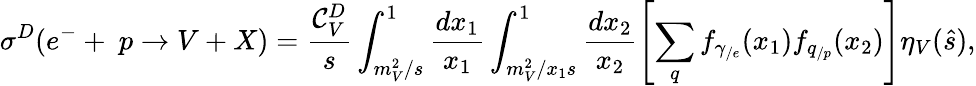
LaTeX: \sigma^{D}(e^{-}+~p\rightarrow V+X)=\frac{{\cal C}_{V}^{D}}{s}\int_{m_{V}^{2}/s}^{1}\frac{dx_{1}}{x_{1}}\int_{m_{V}^{2}/x_{1}s}^{1}\frac{dx_{2}}{x_{2}}\left[\sum_{q}f_{\gamma_{/e}}(x_{1})f_{q_{/p}}(x_{2})\right]\eta_{V}(\hat{s}),